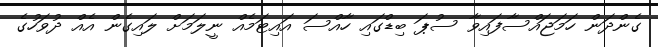
ގެންދަން ހަމަޖައްސާފައިވާ ސުޕަ ބިޑްގައި ހާއްސަ އައިޓަމެއް ނީލަމަށް ލައިގެން އެއް ދުވަހުގެ